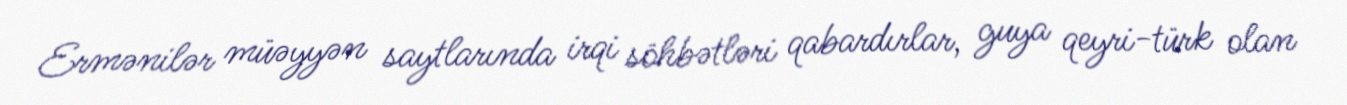
Ermənilər müəyyən saytlarında irqi söhbətləri qabardırlar, guya qeyri-türk olan